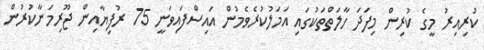
ކުރިއިރު މީގެ ކުރިން މިފަދަ ހާލަތްތަކުގައި އަމަލުކުރެވެމުން އައިސްފައިވަނީ 75 ރުފިޔާއިން ޖޫރިމަނާކުރުން